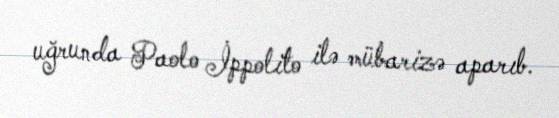
uğrunda Paolo İppolito ilə mübarizə aparıb.